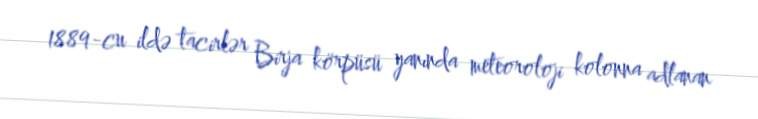
1889-cu ildə tacirlər Birja körpüsü yanında meteoroloji kolonna adlanan